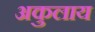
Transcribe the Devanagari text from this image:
अकुलाय